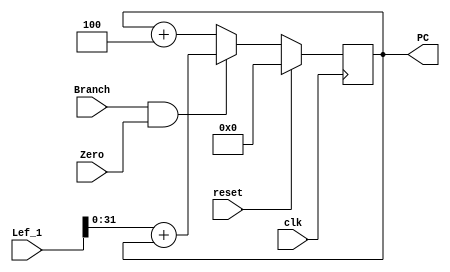
`timescale 1ns / 1ps
//////////////////////////////////////////////////////////////////////////////////
// Company: 
// Engineer: 
// 
// Design Name: 
// Module Name: PC
// Project Name: 
// Target Devices: 
// Tool Versions: 
// Description: 
// 
// Dependencies: 
// 
// Revision:
// Revision 0.01 - File Created
// Additional Comments:
// 
//////////////////////////////////////////////////////////////////////////////////
module PC(
input clk,reset,Branch,Zero,
input signed [32:0]Lef_1,
output reg [31:0] PC
    );
//    wire [32:0]Lef_1;
    reg PCSrc;
  reg [31:0] PC_plus_x,PC_1;

//PCSrc=(Branch&&Zero);
always@(*)
begin
PC_plus_x=Lef_1+PC;
PCSrc=(Branch&&Zero);
end
always@(posedge clk)
    begin
    if(reset==1)
    PC<=0;
    else if(PCSrc)
    PC<=PC_plus_x;
    else
    PC<=PC+4;
    end
endmodule
















//    always@( *)
//    if(PCSrc)
//    PC<=PC_plus_x;
//    else 
//    PC<=PC;
//PC_adder_block Pc_block(clk,reset,PCSrc,PC_1, PC );
//MUX s11(PC_plus_x,PC,PCSrc,PC);
//;
//Shift_left s12(Imm_out1,Lef_1);